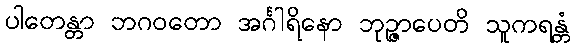
ပါတေန္တာ ဘဂဝတော အင်္ဂါရိနော ဘုဉ္ဇာပေတိ သူကရန္တံ